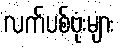
လက်ပစ်ဗုံးများ